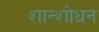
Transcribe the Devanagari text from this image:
शान्शोधन